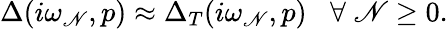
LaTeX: \Delta(i\omega_{\mathscr{N}},p)\approx\Delta_{T}(i\omega_{\mathscr{N}},p)\; \; \; \forall\; \mathscr{N}\geq0.